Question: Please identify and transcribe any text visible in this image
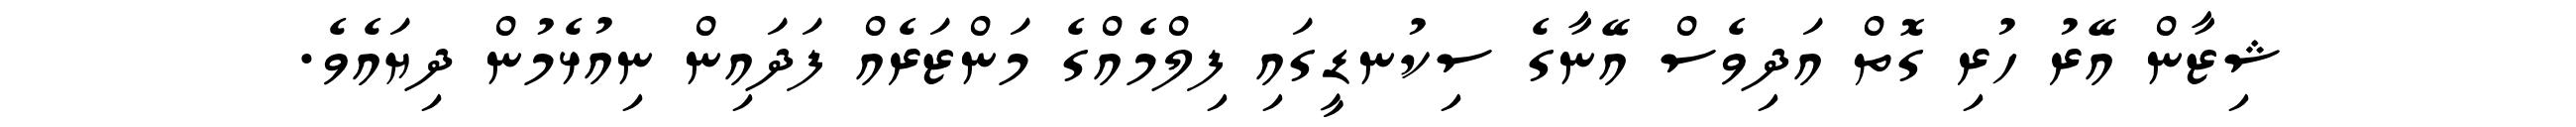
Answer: ޝިޒާން އޭރު ހުރި ގޮތް އަދިވެސް އޭނާގެ ސިކުނޑީގައި ފިލްމެއްގެ މަންޒަރެއް ފަދައިން ނިއުޅެމުން ދިޔައެވެ.